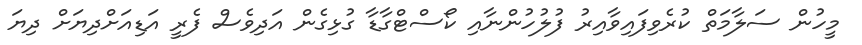
މީހުން ސަލާމަތް ކުރެވިފައިވާއިރު ފުލުހުންނާއި ކޯސްޓްގާޑާ ގުޅިގެން އަދިވެސް ފެރީ އަޑިއަށްދިޔަށް ދިޔަ